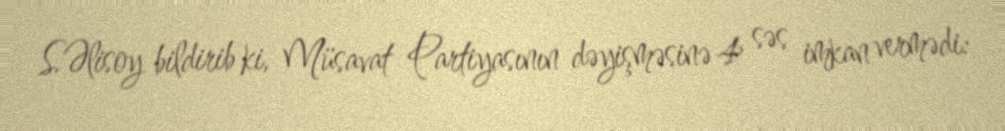
S.Əlisoy bildirib ki, Müsavat Partiyasının dəyişməsinə 4 səs imkan vermədi: